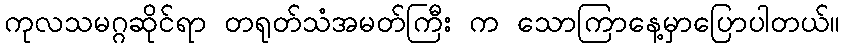
ကုလသမဂ္ဂဆိုင်ရာ တရုတ်သံအမတ်ကြီး က သောကြာနေ့မှာပြောပါတယ်။